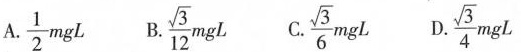
A.\frac{1}{2}mgL B.\frac{\sqrt{3}}{12}mgL C.\frac{\sqrt{3}}{6}mgL D.\frac{\sqrt{3}}{4}mgL